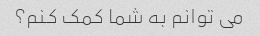
می توانم به شما کمک کنم؟